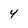
Character: 4